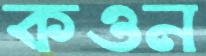
কওন